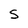
Character: S